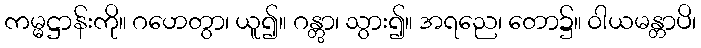
ကမ္မဋ္ဌာန်းကို။ ဂဟေတွာ၊ ယူ၍။ ဂန္တွာ၊ သွား၍။ အရညေ၊ တော၌။ ဝါယမန္တာပိ၊